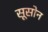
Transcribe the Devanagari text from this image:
सूसोन